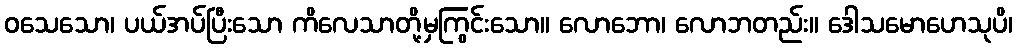
ဝသေသော၊ ပယ်အပ်ပြီးသော ကိလေသာတို့မှကြွင်းသော။ လောဘော၊ လောဘတည်း။ ဒေါသမောဟေသုပိ၊